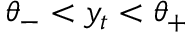
{ \theta _ { - } } < y _ { t } < { \theta _ { + } }